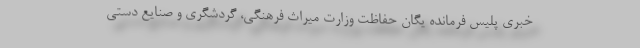
خبری پلیس فرمانده یگان حفاظت وزارت میراث فرهنگی، گردشگری و صنایع دستی